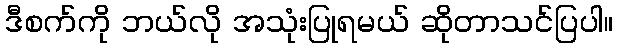
ဒီစက်ကို ဘယ်လို အသုံးပြုရမယ် ဆိုတာသင်ပြပါ။